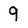
Character: 9